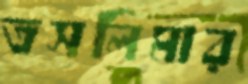
তসলিমার